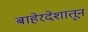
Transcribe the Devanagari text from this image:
बाहेरदेशातून